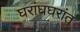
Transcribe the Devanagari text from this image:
घरांघघरांत